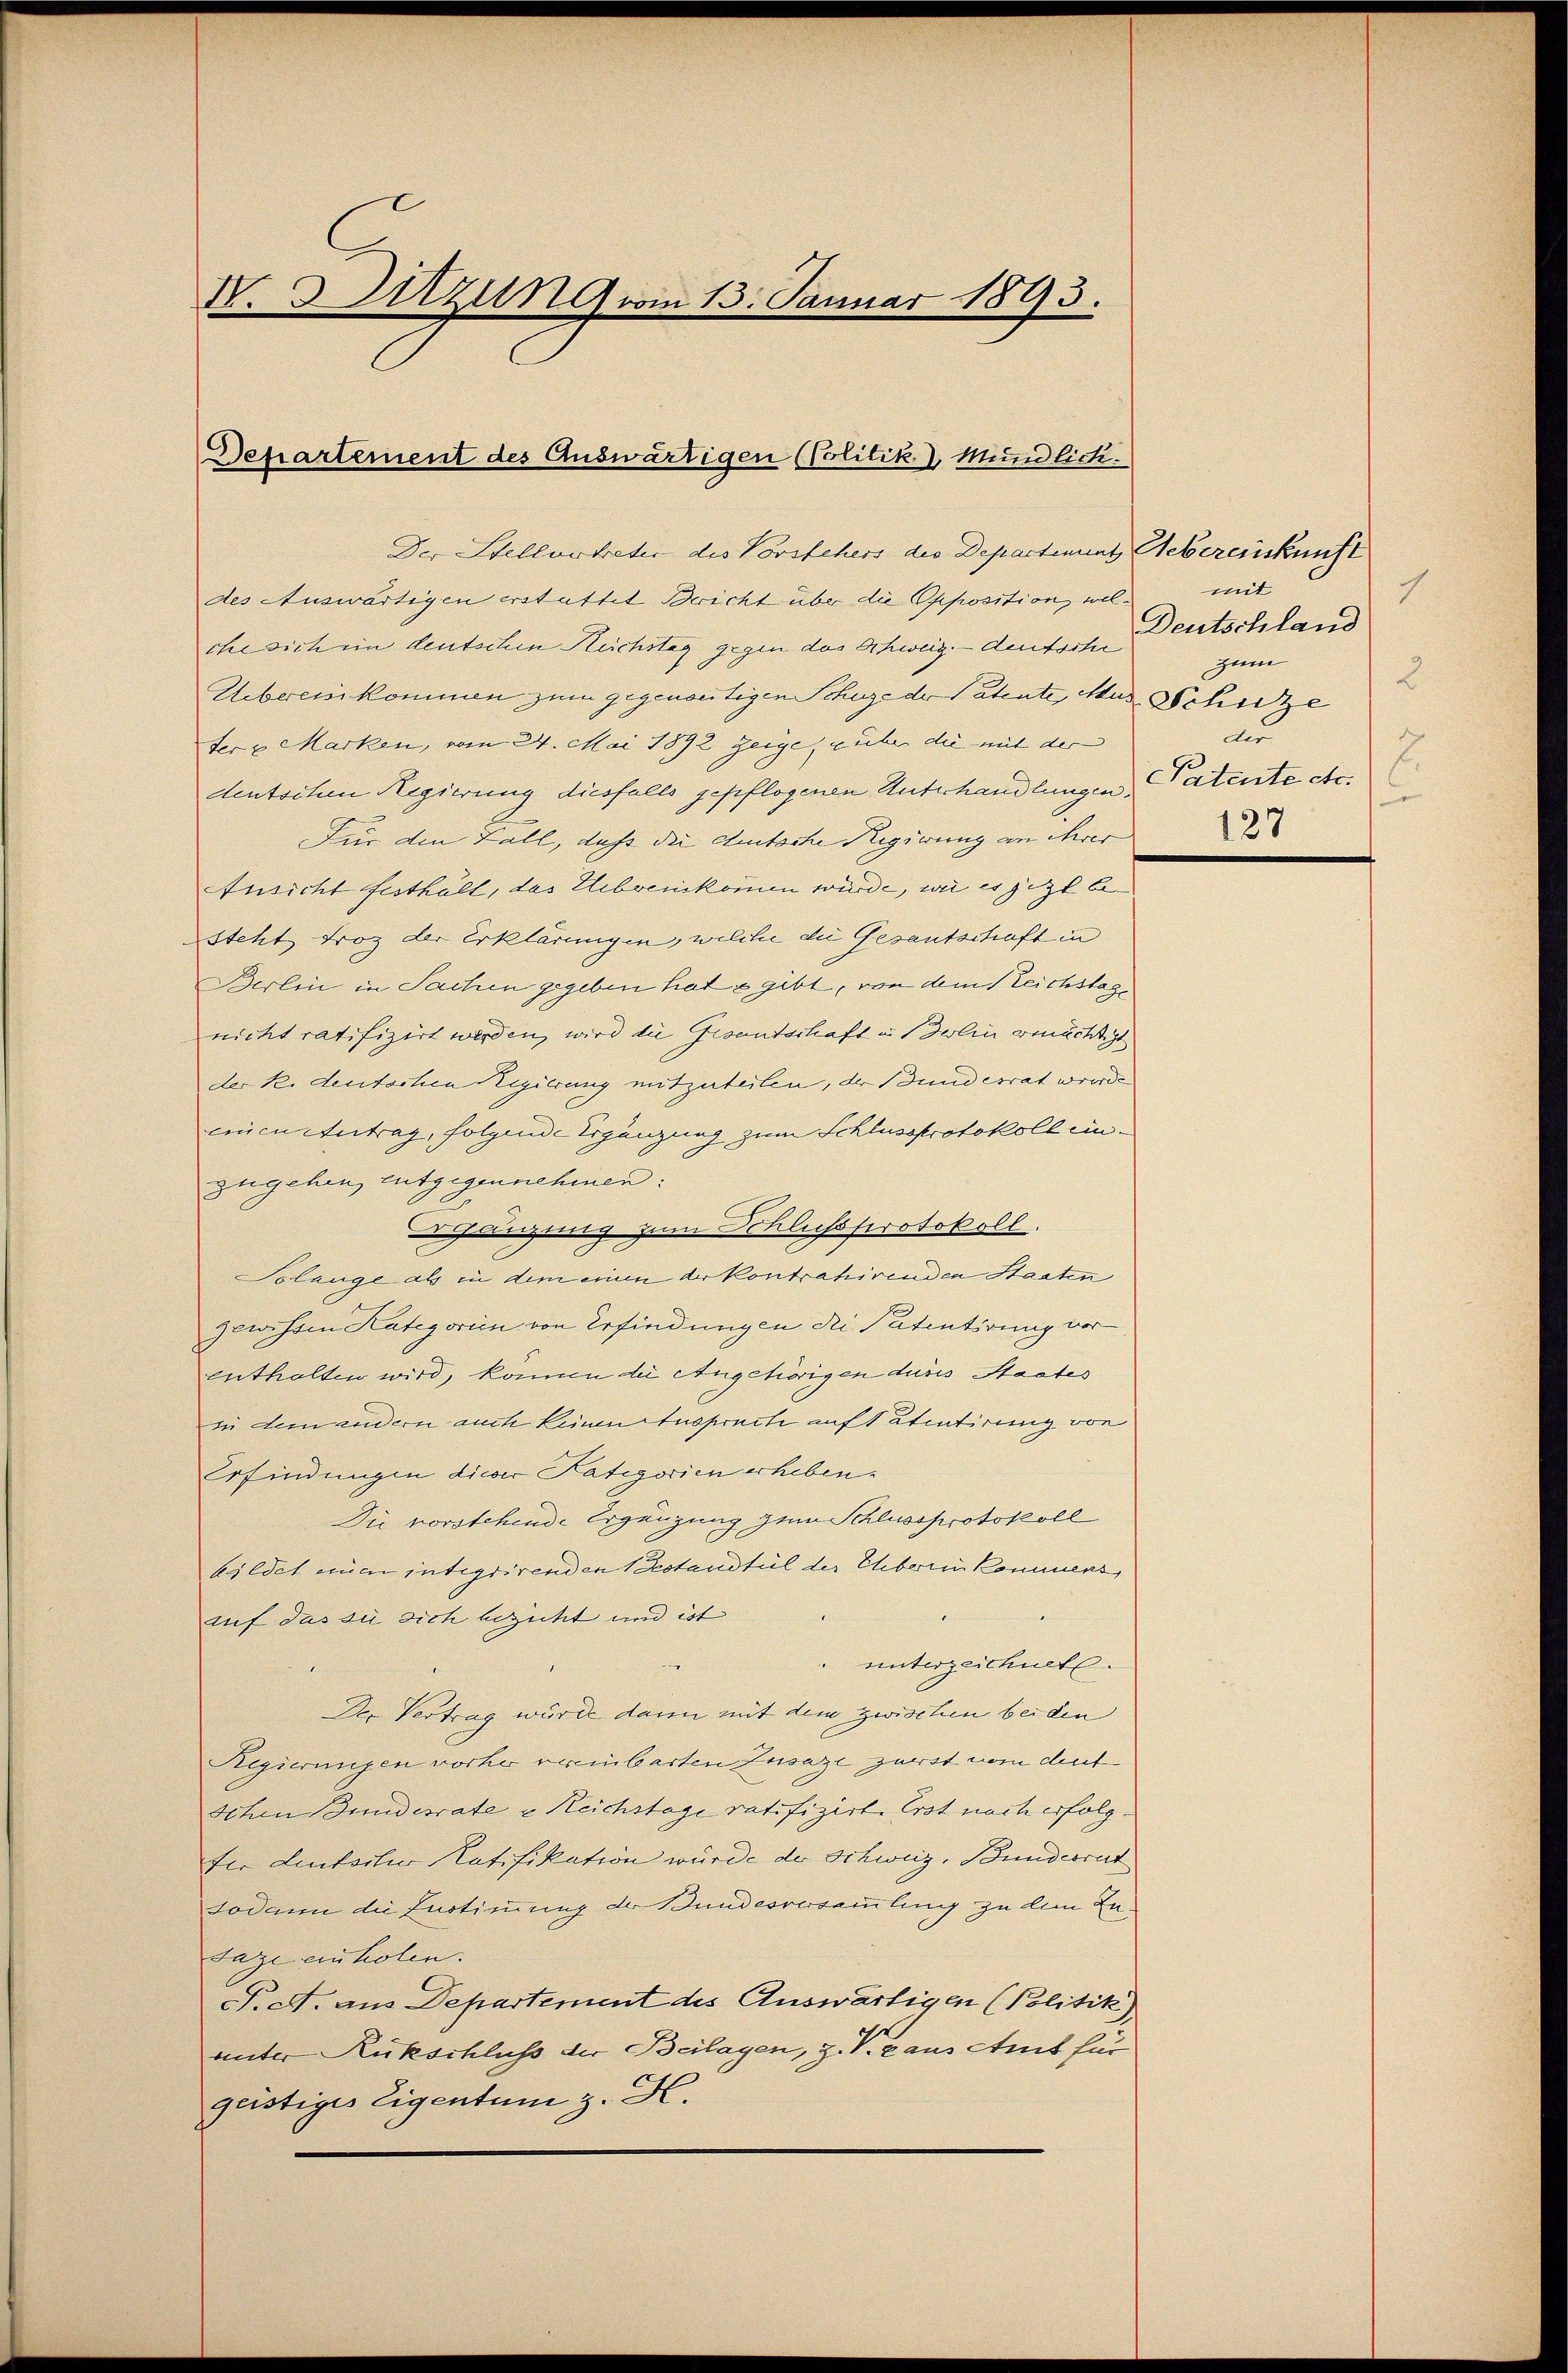
N. 3 Zitzun 9 vom 13. Januar 1893.

Departement des Auswärtigen (Politik. Mündlich.

Der Stellvertreter des Vorstehers der Departinuat Uebereinkunft
des Auswärtigen erstattet Bericht über die Opposition, welche sich ein deutschen Ruchstag gegen das Schweiz.- deutsche
Uebereinkommen zum gegenentigen Schore der Patente, Mus Schutze
ter u Marken, vom 24. Mai 1892 zeige, über die mit der
deutschen Regierung diesfalls gepflogenen Unterhandlungen.
Für den Fall, daß die Amtsche Regierung an ihrer
Ansicht festhält, das Erbenkommen würde, wie es jezt besteht Froz der Erklärungen, welche die Gesantschaft in
Berlin in Sachen gegeben hat e gibt, von dem Reichstage
nicht ratifizirt werden, wird die Gesantschaft in Delin genächtigt
der k. deutschen Regierung mitzuteilen, der Bundesrat worde
eincerturtrag, folgende Ergänzung zum Schlussprotokoll einzugehen, entgegennehmen:
hängung zum Schlichsserotokoll.
Solange als in dem einen der Kontrahirenden Staaten
zewissen Kategorien von Erfindungen die Patentirung vor
enthalten wird, können die Angehörigen dusis Staates
ii dem andern auch keinen Anspruch auf tatentirung von
Erfindungen dieser Pategorien erheben¬
Die vorstehende Ergänzung zum Schlussprotokoll
bildet einen integrirenden Bestandtul der Eheberein kommens,
auf das sie sich bezicht und ist
unterzeichnet.
Der Vertrag wurde dann mit dem zwischen bei den
Regierungen vorher reinbarten Zusaze zuerst vom Auf
Schen Bundesrate u Reichstage ratifizirt. Erst nach erfolg.
fer deutschen Ratifikation würde der Schweiz, Bundesrat
Lodann die Lustimmung der Bundesversammlung zu dem Lu¬
Tage ein holen.
P.c. aus Departement des Auswärtigen (Politik.
unter Rükschluß der Beilagen, z. V. aus Amt für
geistiges Eigentum z. H.

mit
.
Deutschland
zum
2
d
an
.
Patente etc.